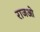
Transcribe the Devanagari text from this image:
राजओ